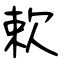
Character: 欶